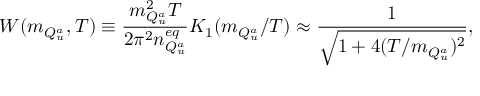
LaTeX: W ( m _ { Q _ { u } ^ { a } } , T ) \equiv \frac { m _ { Q _ { u } ^ { a } } ^ { 2 } T } { 2 \pi ^ { 2 } n _ { Q _ { u } ^ { a } } ^ { e q } } K _ { 1 } ( m _ { Q _ { u } ^ { a } } / T ) \approx \frac { 1 } { \sqrt { 1 + 4 ( T / m _ { Q _ { u } ^ { a } } ) ^ { 2 } } } ,